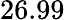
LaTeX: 26.99